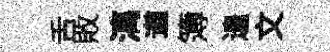
舌敗漓遒簿遑文